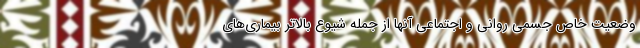
وضعیت خاص جسمی روانی و اجتماعی آنها از جمله شیوع بالاتر بیماری‌های